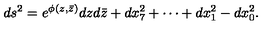
d s ^ { 2 } = e ^ { \phi ( z , \bar { z } ) } d z d \bar { z } + d x _ { 7 } ^ { 2 } + \cdots + d x _ { 1 } ^ { 2 } - d x _ { 0 } ^ { 2 } .